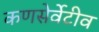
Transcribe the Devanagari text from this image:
कणसेर्वेटीव